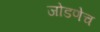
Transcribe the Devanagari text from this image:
जोडणेच